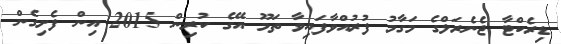
ޑިރެކްޓާ ޖެނެރަލްގެ މަގާމު ފުރުއްވާފައިވާ ތަމޫ އޭގެ ކުރިން 2015 އިން ފެށިގެން